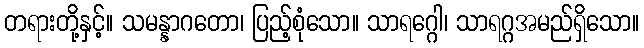
တရားတို့နှင့်။ သမန္နာဂတော၊ ပြည့်စုံသော။ သာရဂ္ဂေါ၊ သာရဂ္ဂအမည်ရှိသော။